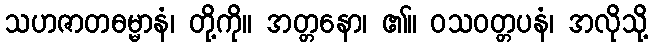
သဟဇာတဓမ္မာနံ၊ တို့ကို။ အတ္တနော၊ ၏။ ဝသဝတ္တပနံ၊ အလိုသို့